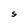
Character: S